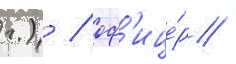
г.) / оф'ице́р /